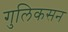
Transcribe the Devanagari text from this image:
गुलिकसन